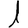
Digit: 1